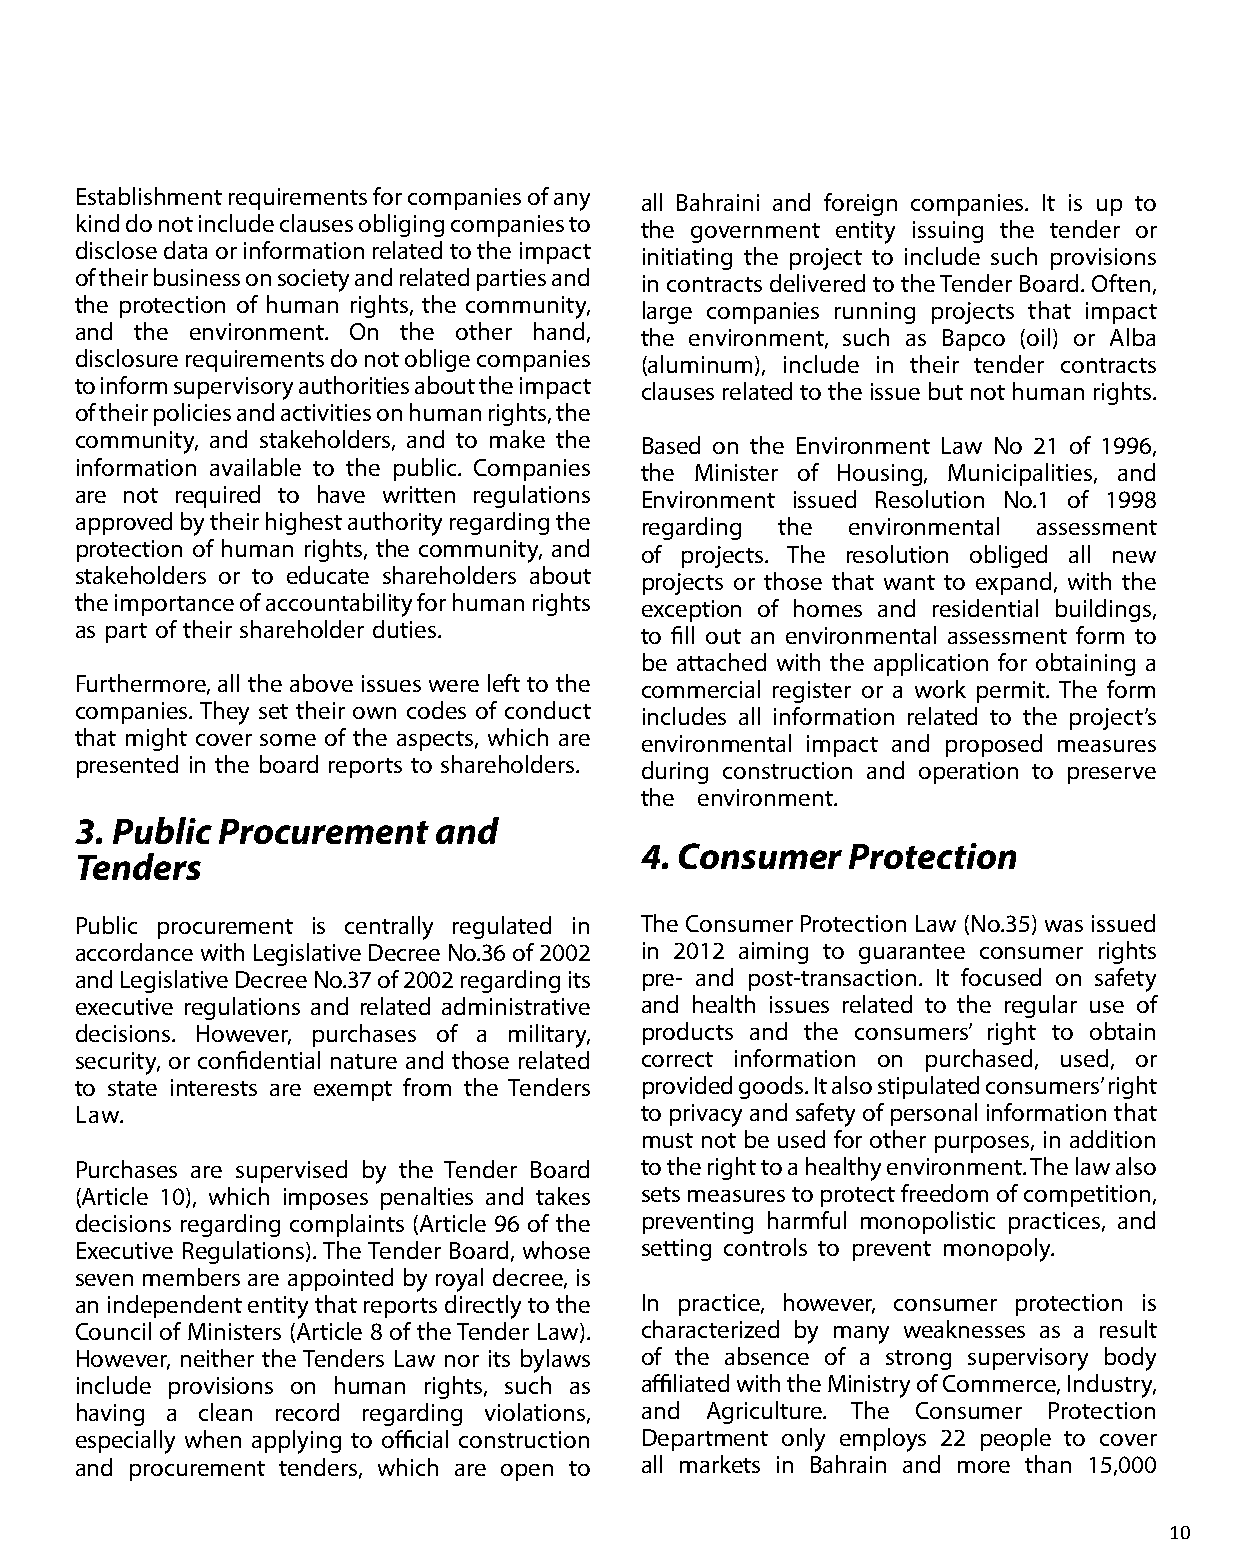
Establishment requirements for companies of any all Bahraini and foreign companies. It is up to
 kind do not include clauses obliging companies to the government entity issuing the tender or
 disclose data or information related to the impact initiating the project to include such provisions
 of their business on society and related parties and in contracts delivered to the Tender Board. Often,
 the protection of human rights, the community, large companies running projects that impact
 and the environment. On the other hand, the environment, such as Bapco (oil) or Alba
 disclosure requirements do not oblige companies (aluminum), include in their tender contracts
 to inform supervisory authorities about the impact clauses related to the issue but not human rights.
 of their policies and activities on human rights, the
 community, and stakeholders, and to make the Based on the Environment Law No 21 of 1996,
 information available to the public. Companies the Minister of Housing, Municipalities, and
 are not required to have written regulations Environment issued Resolution No.1 of 1998
 approved by their highest authority regarding the regarding the environmental assessment
 protection of human rights, the community, and of projects. The resolution obliged all new
 stakeholders or to educate shareholders about projects or those that want to expand, with the
 the importance of accountability for human rights exception of homes and residential buildings,
 as part of their shareholder duties. to fill out an environmental assessment form to
 be attached with the application for obtaining a
 Furthermore, all the above issues were left to the commercial register or a work permit. The form
 companies. They set their own codes of conduct includes all information related to the project’s
 that might cover some of the aspects, which are environmental impact and proposed measures
 presented in the board reports to shareholders. during construction and operation to preserve
 the environment.
 3. Public Procurement   and
 4. Consumer   Protection
 Tenders
 Public procurement is centrally regulated in The Consumer Protection Law (No.35) was issued
 accordance with Legislative Decree No.36 of 2002 in 2012 aiming to guarantee consumer rights
 and Legislative Decree No.37 of 2002 regarding its pre- and post-transaction. It focused on safety
 executive regulations and related administrative and health issues related to the regular use of
 decisions. However, purchases of a military, products and the consumers’ right to obtain
 security, or confidential nature and those related correct information on purchased, used, or
 to state interests are exempt from the Tenders provided goods. It also stipulated consumers’ right
 Law.                                 to privacy and safety of personal information that
 must not be used for other purposes, in addition
 Purchases are supervised by the Tender Board to the right to a healthy environment. The law also
 (Article 10), which imposes penalties and takes sets measures to protect freedom of competition,
 decisions regarding complaints (Article 96 of the preventing harmful monopolistic practices, and
 Executive Regulations). The Tender Board, whose setting controls to prevent monopoly.
 seven members are appointed by royal decree, is
 an independent entity that reports directly to the In practice, however, consumer protection is
 Council of Ministers (Article 8 of the Tender Law). characterized by many weaknesses as a result
 However, neither the Tenders Law nor its bylaws of the absence of a strong supervisory body
 include provisions on human rights, such as affiliated with the Ministry of Commerce, Industry,
 having a clean record regarding violations, and Agriculture. The Consumer Protection
 especially when applying to official construction Department only employs 22 people to cover
 and procurement tenders, which are open to all markets in Bahrain and more than 15,000
 10